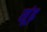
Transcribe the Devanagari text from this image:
सूंढ़